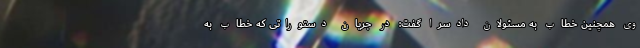
وی همچنین خطاب به مسئولان دادسرا گفت: در جریان دستوراتی که خطاب به